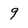
Character: 9